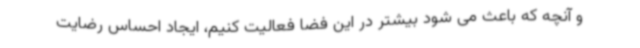
و آنچه که باعث می شود بیشتر در این فضا فعالیت کنیم، ایجاد احساس رضایت